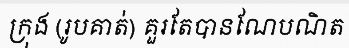
ក្រុង (រូបគាត់) គួរតែបានណែបណិត